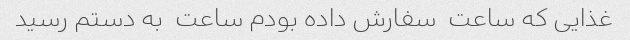
غذایی که ساعت  سفارش داده بودم ساعت  به دستم رسید